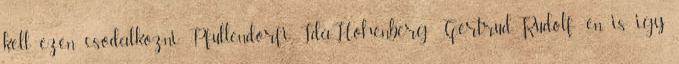
kell ezen csodalkozni. Pfullendorfi Ida,Hohenberg Gertrud=Rudolf: en is igy